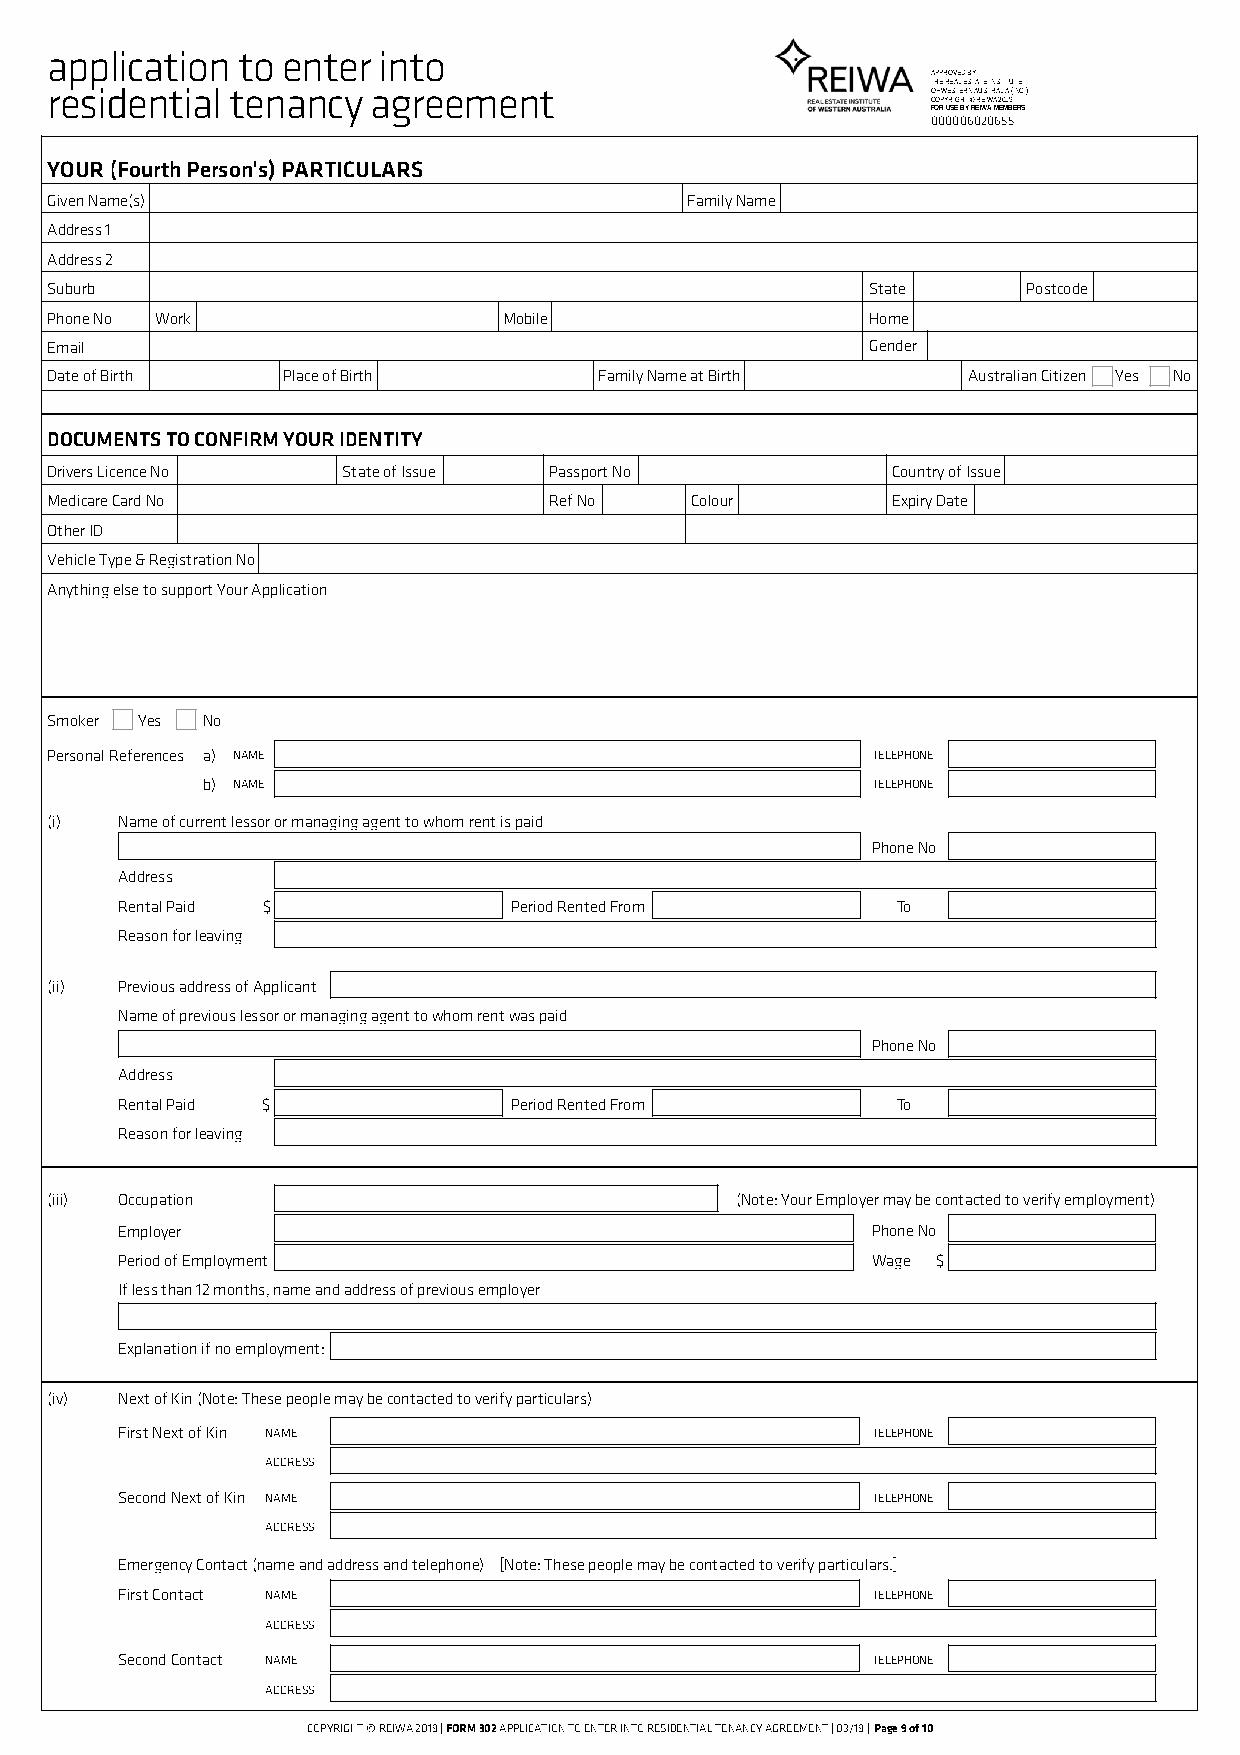
application  to enter into
 APPROVED BY
 THE REAL ESTATE INSTITUTE
 residential tenancy   agreement                            OF WESTERN AUSTRALIA (INC.)
 COPYRIGHT © REIWA 2019
 FOR USE BY REIWA MEMBERS
 000006020655
 YOUR (Fourth Person's) PARTICULARS
 Given Name(s)                             Family Name
 Address 1
 Address 2
 Suburb                                                 State     Postcode
 Phone No Work                 Mobile                   Home
 Email                                                  Gender
 Date of Birth   Place of Birth       Family Name at Birth    Australian Citizen Yes No
 DOCUMENTS TO CONFIRM YOUR IDENTITY
 Drivers Licence No  State of Issue Passport No          Country of Issue
 Medicare Card No                 Ref No    Colour       Expiry Date
 Other ID
 Vehicle Type & Registration No
 Anything else to support Your Application
 Smoker Yes No
 Personal References a) NAME                            TELEPHONE
 b) NAME                                      TELEPHONE
 (i)  Name of current lessor or managing agent to whom rent is paid
 Phone No
 Address
 Rental Paid $             Period Rented From       To
 Reason for leaving
 (ii) Previous address of Applicant
 Name of previous lessor or managing agent to whom rent was paid
 Phone No
 Address
 Rental Paid $             Period Rented From       To
 Reason for leaving
 (iii) Occupation                              (Note: Your Employer may be contacted to verify employment)
 Employer                                          Phone No
 Period of Employment                              Wage $
 If less than 12 months, name and address of previous employer
 Explanation if no employment:
 (iv) Next of Kin (Note: These people may be contacted to verify particulars)
 First Next of Kin NAME                            TELEPHONE
 ADDRESS
 Second Next of Kin NAME                           TELEPHONE
 ADDRESS
 Emergency Contact (name and address and telephone) [Note: These people may be contacted to verify particulars.]
 First Contact NAME                                TELEPHONE
 ADDRESS
 Second Contact NAME                               TELEPHONE
 ADDRESS
 COPYRIGHT © REIWA 2019 | FORM 302 APPLICATION TO ENTER INTO RESIDENTIAL TENANCY AGREEMENT | 03/19 |Page 9 of 10